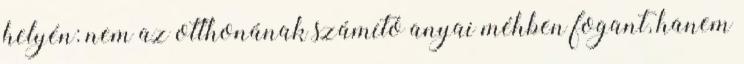
helyén: nem az otthonának számító anyai méhben fogant, hanem